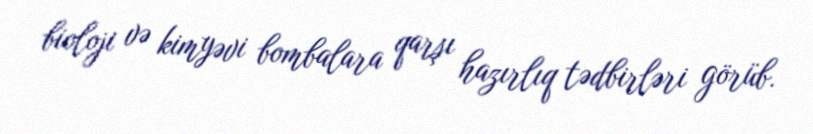
bioloji və kimyəvi bombalara qarşı hazırlıq tədbirləri görüb.